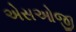
એસઓજી